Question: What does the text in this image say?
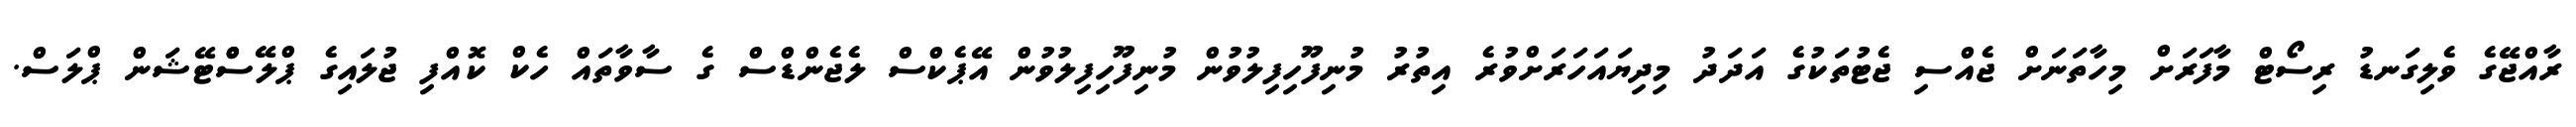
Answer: ރާއްޖޭގެ ވެލިގަނޑު ރިސޯޓް މާފަރަށް މިހާތަނަށް ޖެއްސި ޖެޓުތަކުގެ އަދަދު މިދިޔައަހަރަށްވުރެ އިތުރު މުނިފޫހިފިލުވުން މުނިފޫހިފިލުވުން އޭޕެކްސް ލެޖެންޑްސް ގެ ސާވާތައް ހެކް ކޮއްފި ޖުލައިގެ ޕްލޭސްްޓޭޝަން ޕްލަސް.